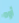
أوه